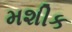
મશીક